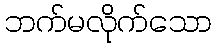
ဘက်မလိုက်သော